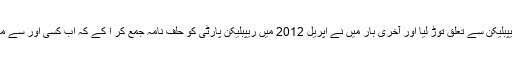
دسمبر 2011 ء کو بالکل ہی “باغی” ہو گیا جاور پھر ریپبلیکن سے تعلق توڑ لیا اور آخری بار میں نے اپریل 2012 میں ریپبلیکن پارٹی کو حلف نامہ جمع کر ا کے کہ اب کسی اور سے محبت نہیں کروں گا پھر ریپبلیکن پارٹی میں شامل ہو گیا۔